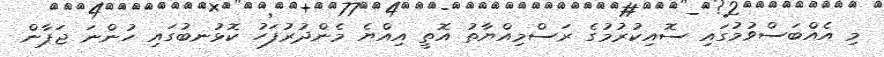
މި އެއްބަސްވުމުގައި ސޮއިކުރުމުގެ ރަސްމިއްޔާތު އޮތީ އިއްޔެ މެންދުރުފަހު ކޮޅުނބުގައި ހުންނަ ޖަޕާން